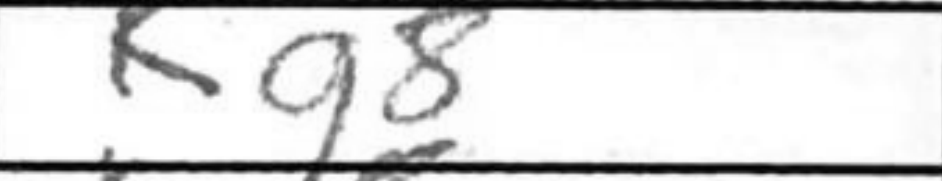
Transcription: Kg8